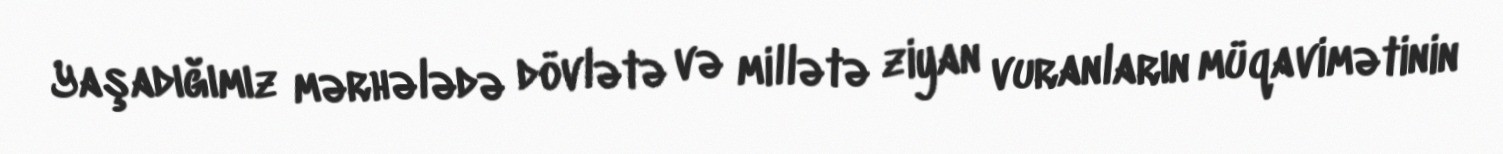
Yaşadığımız mərhələdə dövlətə və millətə ziyan vuranların müqavimətinin